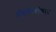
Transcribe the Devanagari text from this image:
प्रौद्योगिकीकरण